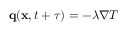
\mathbf q ( \mathbf x , t + \tau ) = - \lambda \nabla T